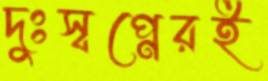
দুঃস্বপ্নেরই